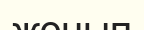
жонып